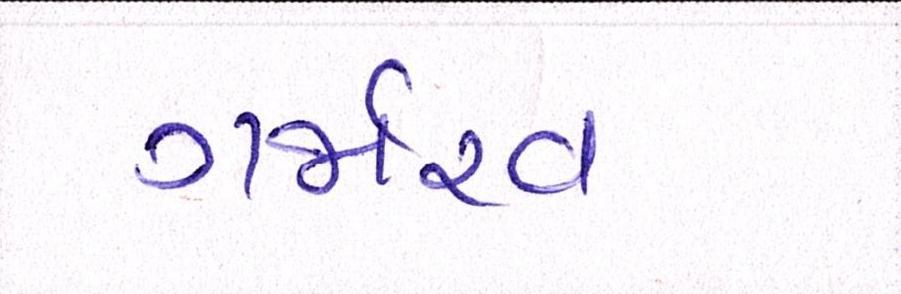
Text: ગર્જારવ